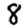
Digit: 8